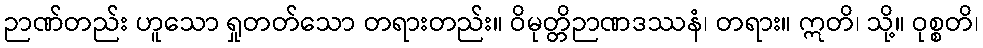
ဉာဏ်တည်း ဟူသော ရှုတတ်သော တရားတည်း။ ဝိမုတ္တိဉာဏဒဿနံ၊ တရား။ ဣတိ၊ သို့။ ဝုစ္စတိ၊